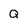
Character: Q